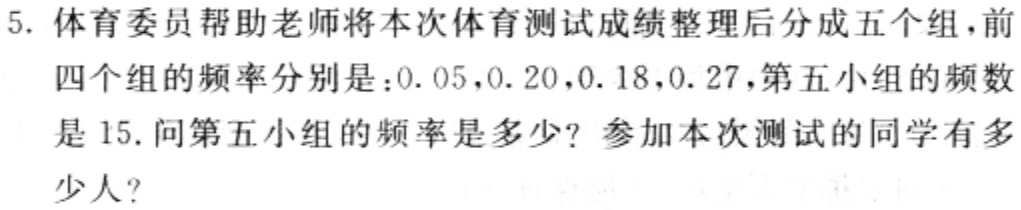
5. 体育委员帮助老师将本次体育测试成绩整理后分成五个组，前四个组的频率分别是：\(0.05\)，\(0.20\)，\(0.18\)，\(0.27\)，第五小组的频数是\(15\). 问第五小组的频率是多少？参加本次测试的同学有多少人？